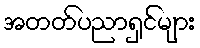
အတတ်ပညာရှင်များ